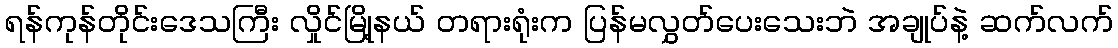
ရန်ကုန်တိုင်းဒေသကြီး လှိုင်မြို့နယ် တရားရုံးက ပြန်မလွှတ်ပေးသေးဘဲ အချုပ်နဲ့ ဆက်လက်